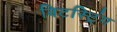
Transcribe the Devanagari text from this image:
बिटस्ट्रिंग